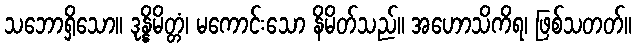
သဘောရှိသော။ ဒုန္နိမိတ္တံ၊ မကောင်းသော နိမိတ်သည်။ အဟောသိကိရ၊ ဖြစ်သတတ်။